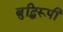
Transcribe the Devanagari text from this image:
बुद्धिरूपी